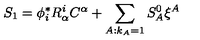
S _ { 1 } = \phi _ { i } ^ { * } R _ { \alpha } ^ { i } C ^ { \alpha } + \sum _ { A : k _ { A } = 1 } S _ { A } ^ { 0 } \xi ^ { A }